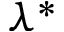
\lambda ^ { * }